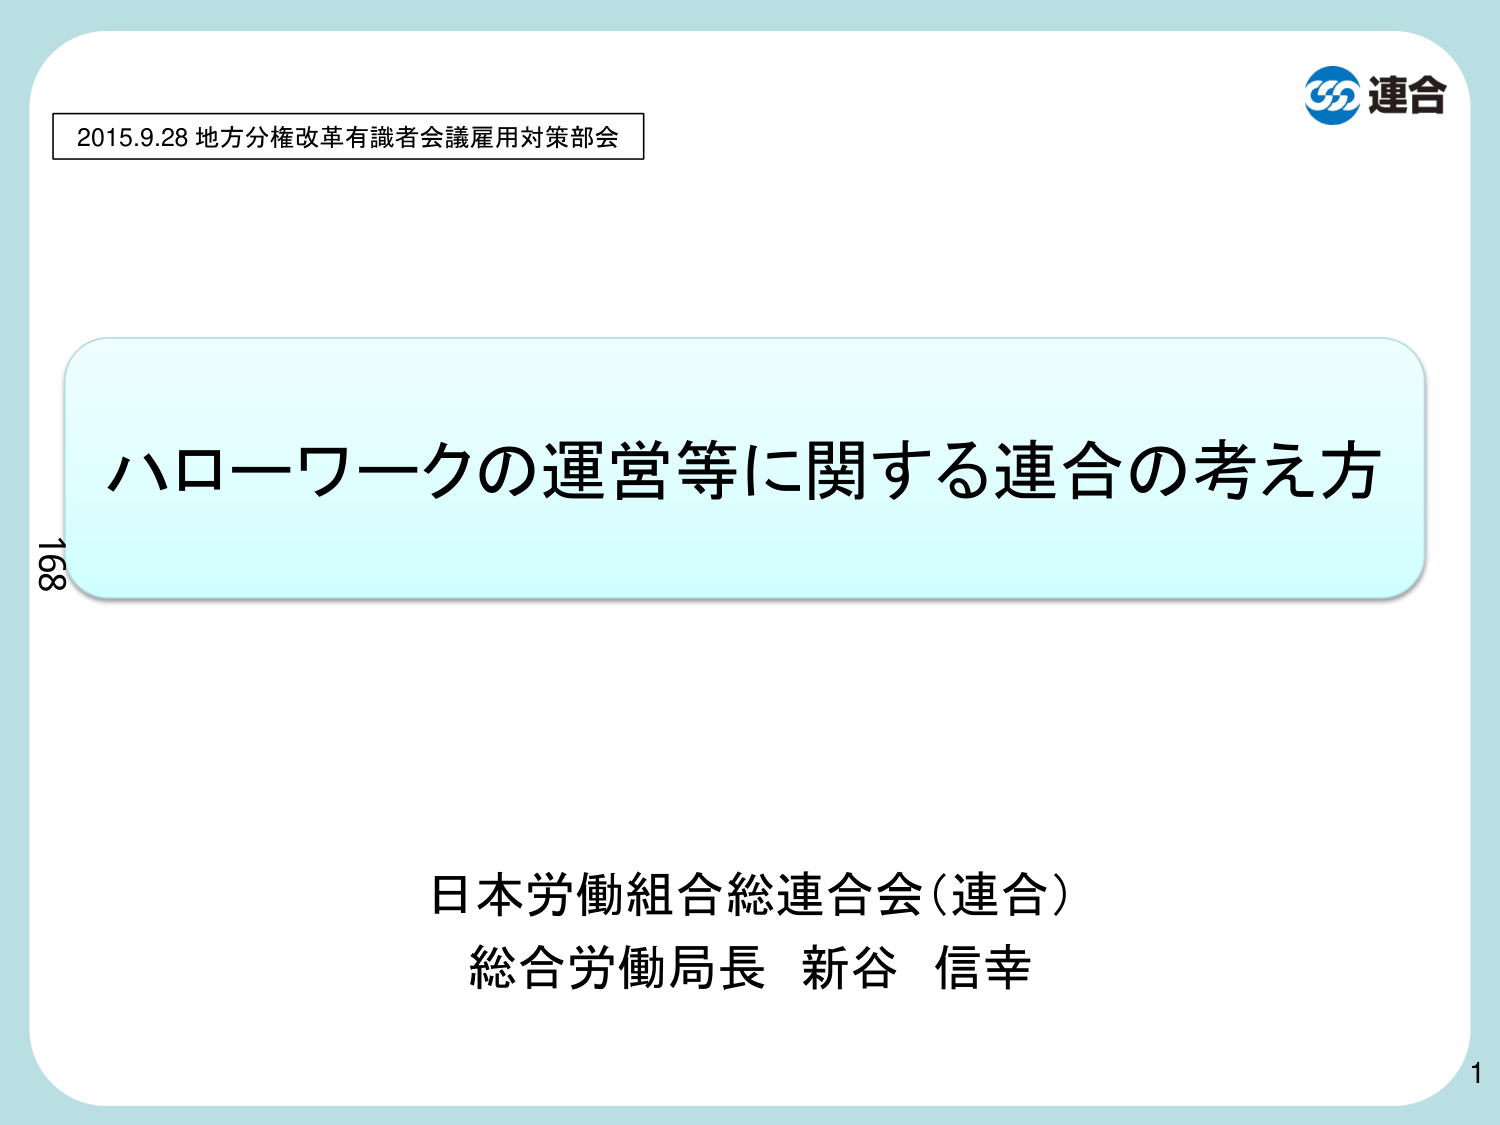
2015.9.28 地方分権改革有識者会議雇用対策部会
ハローワークの運営等に関する連合の考え方
日本労働組合総連合会（連合）
総合労働局長 新谷 信幸
連合
168
1